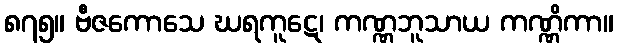
၈၇၅။ ဗီဇကောသေ ဃရကူဋေ၊ ကဏ္ဏဘူသာယ ကဏ္ဏိကာ။